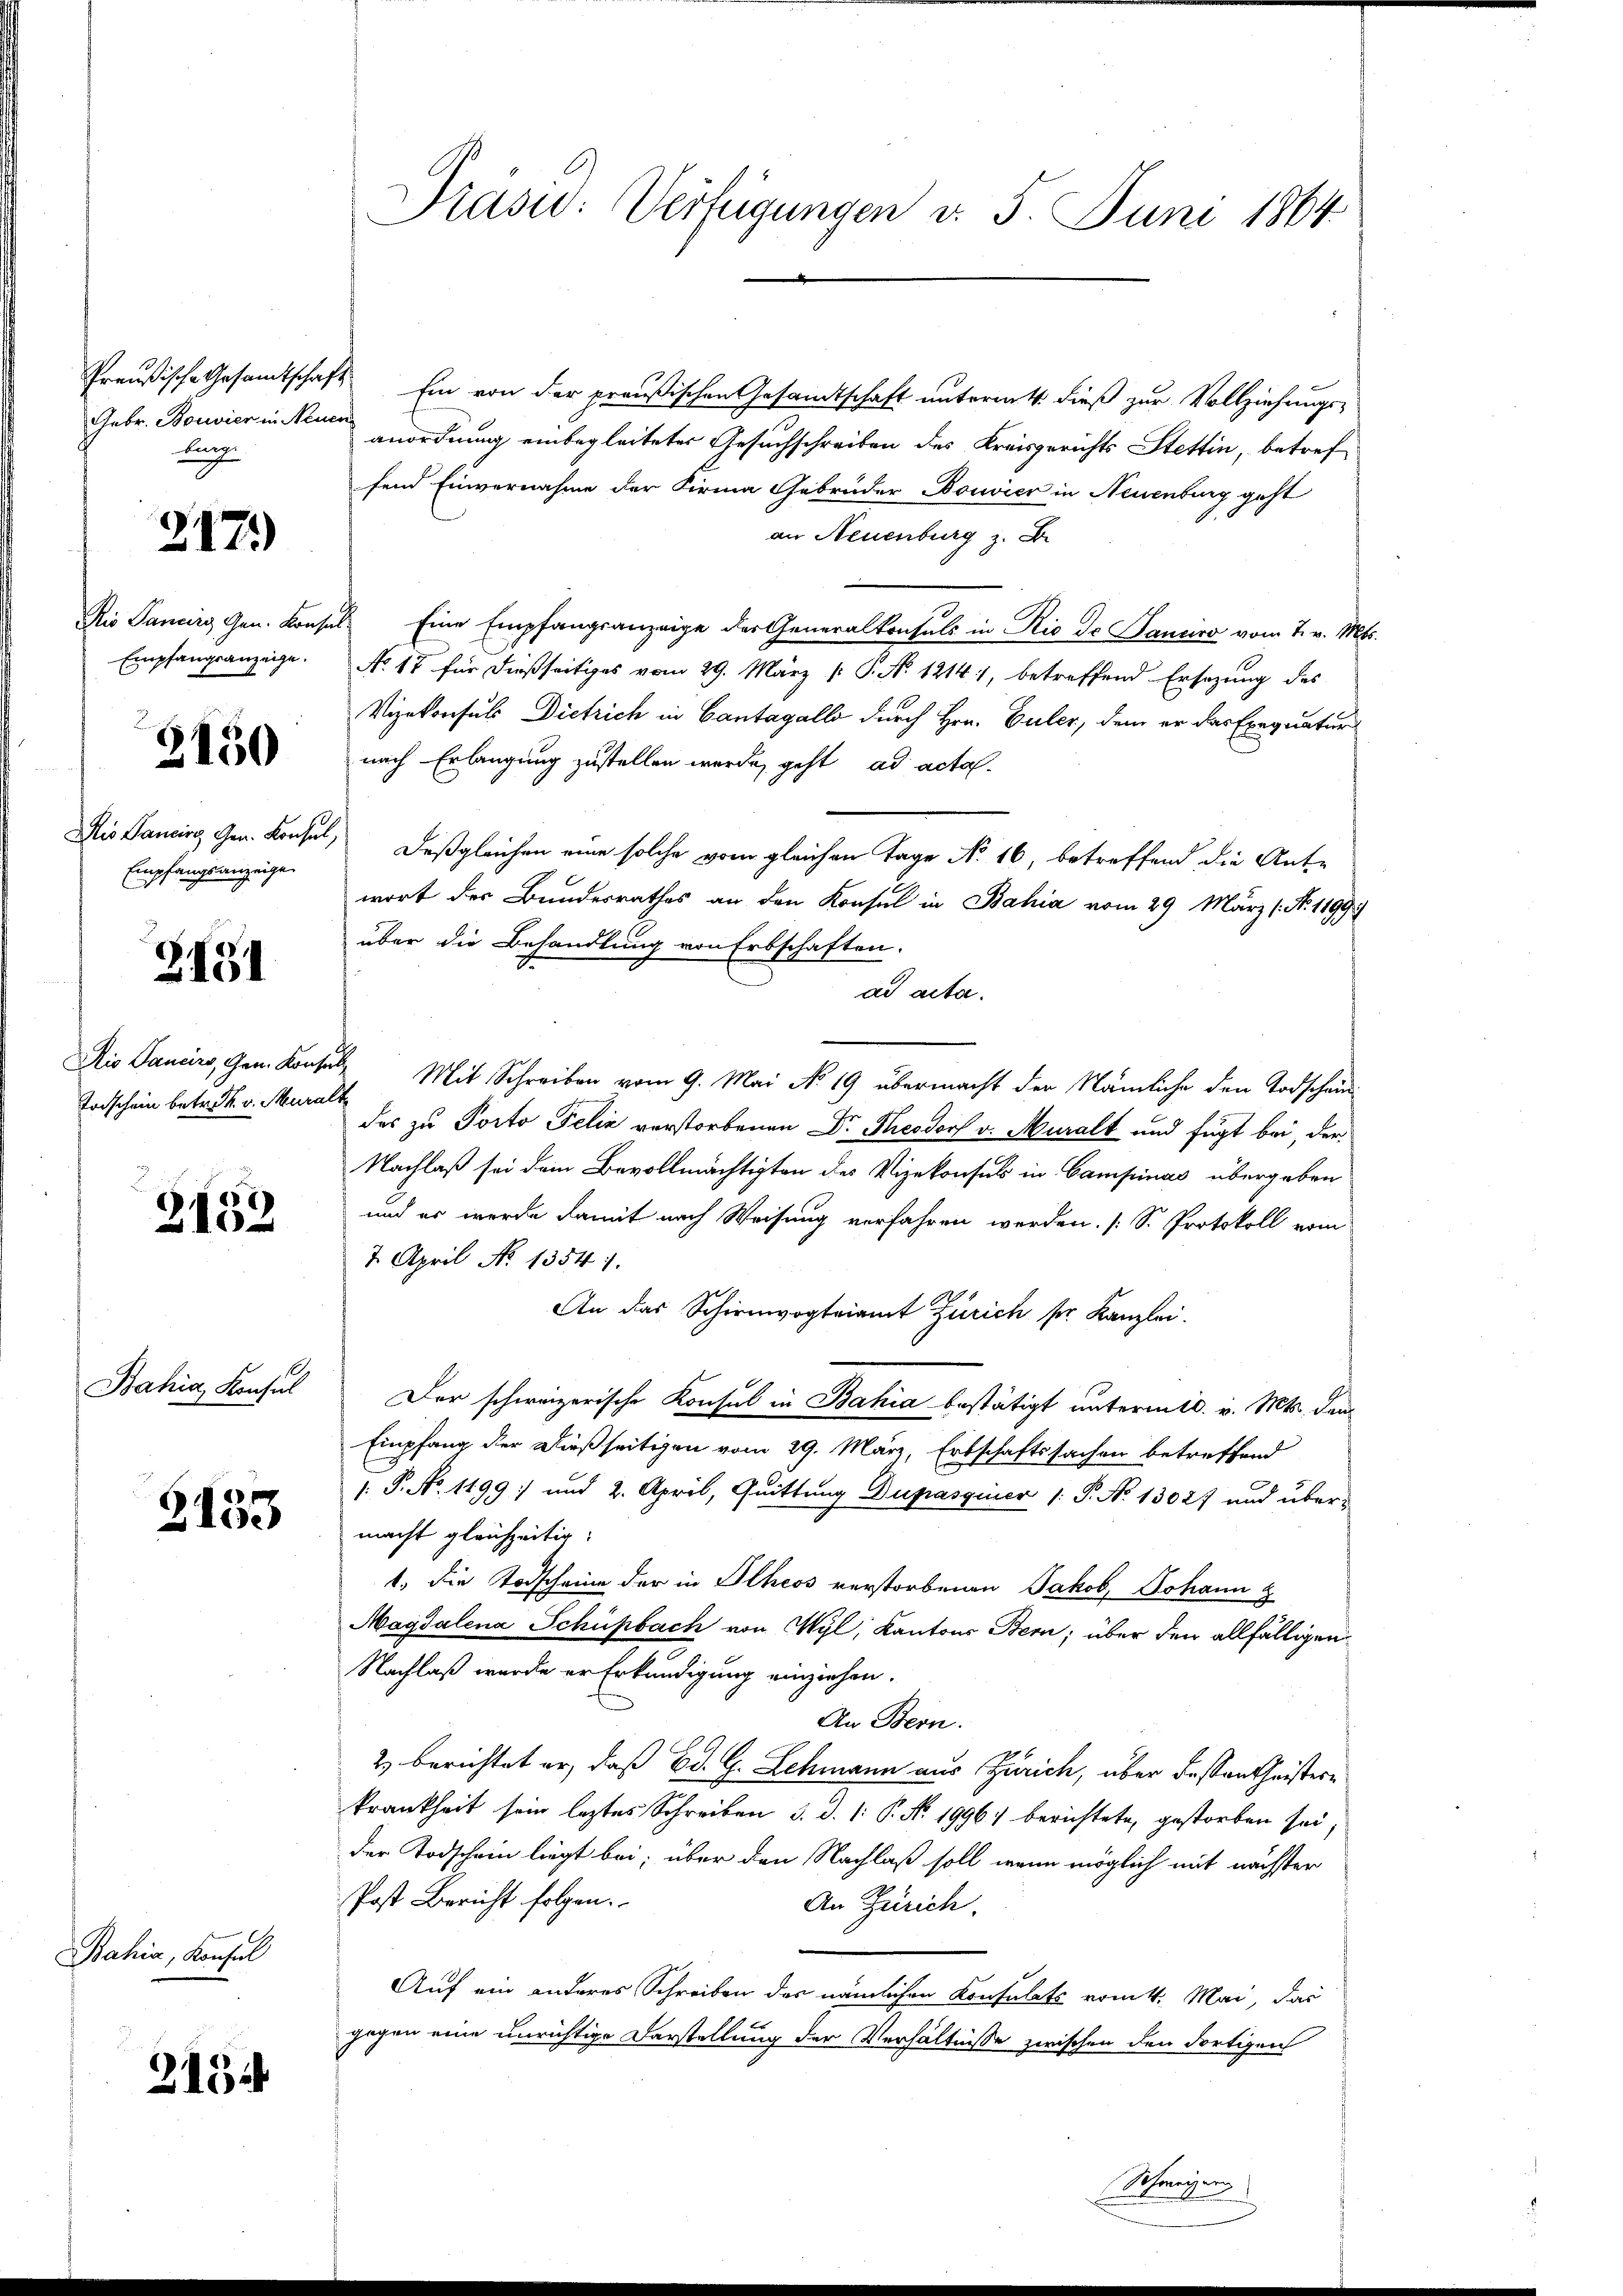
Gebr. Bouvier in Neuen
lang

317)

Empfangsanzeige.

3150

Empfangsanzeigen

3431

Todschein betrett. v. Mura

3152

Bahia, Konsul

3133

Bahia, Konsul

2134

Präsid. Verfügungen d. 5. Juni 1864

Preußische Gesamtschaft. Ein von der preußischen Gesamtschaft unterm 4. dieß zur Vollziehungs-
anordnung einbegleiteter Gesuchschreiben des Kreisgerichts Stettin, betreffend Einvernahme der Firma Gebrüder Bouvier in Neuenburg geht
an Neuenburg z. B.
Ris Pancirg Gen. Konsul Eine Empfangsanzeige der Generalkonsuls in Rio de Janeiro vom 7. v. Mts.
No. 17 für dießseitiges vom 29. März [ P. No. 1214), betreffend Ersezung des
Vizekonsuls Dietrich in Cantagallo durch Hrn. Culer, dem er das Exequatur
nach Erlangung zustellen werde, geht ad acta.
Die Dancirs, Gen. Konsul, Deßgleichen eine solche vom gleichen Tage No 16, betreffend die Ant-
wort der Bundesrathes an den Konsul in Bahia vom 29. März (Nr. 1199
über die Behandlung von Erbschaften.
ad acta.
Dis Sancirs, Gen. Konsul Mit Schreiben vom 9. Mai No 19 übermacht der Nämliche den Todscheint
des zu Porto Felix verstorbenen Dr. Theodorf v. Muralt und fügt bei, der
Nachlaß sei dem Bevollmächtigten des Vizekonsuls in Campinas übergeben
und er werde damit nach Weisung verfahren werden. [S. Protokoll vom
7. April No 1354 1.
An das Schirmvogteiamt Zürich sr. Kanzlei.
Der schweizerische Konsul in Bahia bestätigt untermid. v. Mts. den
Empfang der dießseitigen vom 29. März, Erbschaftssachen betreffend
 P. No. 11991 und 2. April, Quittung Dupassiner /: P. No 13027 und über-
macht gleichzeitig.
1, die Todscheine der in Ilheos verstorbenen Jakob Johann
Magdalena Schüpbach von Wyl, Kantons Bern; über den allfälligen
Nachlaß wurde er Erkundigung einziehen.
An Bern.
2) berichtet er, daß Ed. G. Schmann aus Zürich, über Fessantheistern
krankheit sein leztes Schreiben 3. d. 1. P. Nr. 1996) berichtete, gestorben sei,
der Todschein liegt bei; über den Nachlaß soll, wenn möglich mit nächster
Post Bericht folgen.
An Zürich.
Auf ein anderes Schreiben des nämlichen Konsulats vom 4. Mai, das
gegen eine unrichtige Darstellung der Verhältnisse zwischen den dortigen
Schweizer